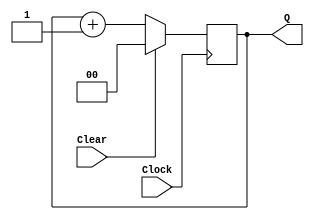
module contador(Clear, Clock, Q);
	input Clear, Clock;
	output [1:0] Q;
	reg [1:0] Q;

	always @(posedge Clock)
		if (Clear)
			Q <= 0;
		else
			Q <= Q + 1;
			
endmodule

module regn(R, Rin, Clock, Q);
	parameter n = 16;
	input [n-1:0] R;
	input Rin, Clock;
	output [n-1:0] Q;
	reg [n-1:0] Q;
	
	always @(posedge Clock)
		if (Rin)
			Q <= R;

endmodule

module dec3to8(W, En, Y);
	input [2:0] W;
	input En;
	output [0:7] Y;
	reg [0:7] Y;
	always @(W or En)
		begin
			if (En == 1)
				case (W)
					000: Y = 10000000;
					001: Y = 01000000;
					010: Y = 00100000;
					011: Y = 00010000;
					100: Y = 00001000;
					101: Y = 00000100;
					110: Y = 00000010;
					111: Y = 00000001;
				endcase
			else
				Y = 00000000;
		end
		
endmodule

module Pratica2(SW, LEDG);
	input [17:0]SW;
	output [8:0]LEDG;
	// contador cont(SW[16], SW[17], LEDG[0]);
	// regn regist(SW[15], SW[14], SW[17], LEDG[1]);
	dec3to8 conversor(SW[17:15], SW[14], LEDG[7:0]);
	
endmodule